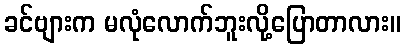
ခင်ဗျားက မလုံလောက်ဘူးလို့ပြောတာလား။